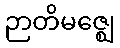
ဉာတိမဇ္ဈေ